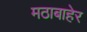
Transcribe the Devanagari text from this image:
मठाबाहेर